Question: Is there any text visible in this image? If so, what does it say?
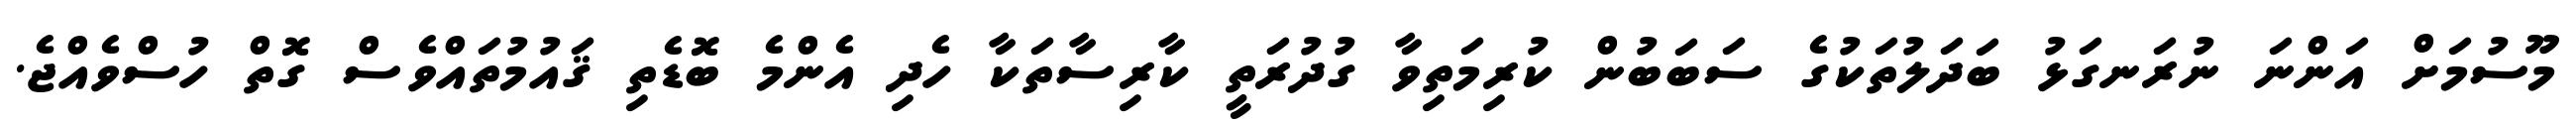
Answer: މޫސުމަށް އަންނަ ނުރަނގަޅު ބަދަލުތަކުގެ ސަބަބުން ކުރިމަތިވާ ގުދުރަތީ ކާރިސާތަކާ ހެދި އެންމެ ބޮޑެތި ޤައުމުތައްވެސް ގޮތް ހުސްވެއްޖެ.